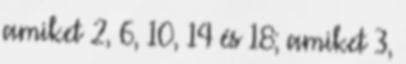
amiket 2, 6, 10, 14 és 18; amiket 3,